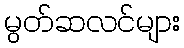
မွတ်ဆလင်များ